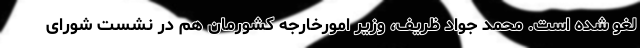
لغو شده است. محمد جواد ظریف، وزیر امورخارجه کشورمان هم در نشست شورای